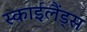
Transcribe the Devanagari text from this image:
स्‍काईलैंड्स